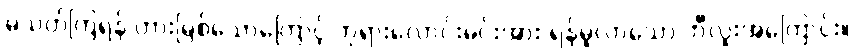
မသတ်ကြရန် တားမြစ်သောကြောင့် ဘုရားလောင်းမင်းအား ရန်မူလာသော ဘီလူးအကြောင်း။